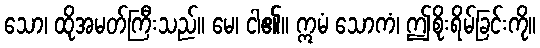
သော၊ ထိုအမတ်ကြီးသည်။ မေ၊ ငါ၏။ ဣမံ သောကံ၊ ဤစိုးရိမ်ခြင်းကို။